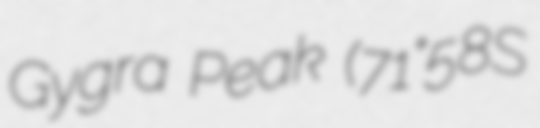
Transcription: Gygra Peak (71°58′S